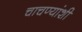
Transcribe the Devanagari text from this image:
चाचण्यांशी